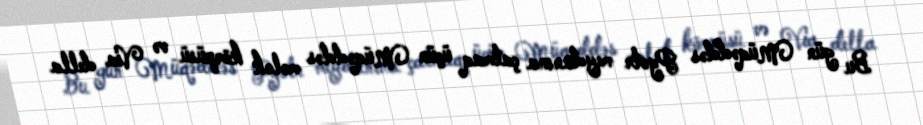
Bu gün Müqəddəs Pyotr meydanına çatmaq üçün Müqəddəs mələk körpüsü və Via della